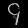
Digit: ၄